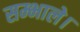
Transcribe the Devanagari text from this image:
सम्भाले।